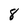
Character: 8